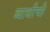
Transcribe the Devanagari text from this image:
व्याधीची